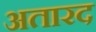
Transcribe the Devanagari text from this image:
अतारद